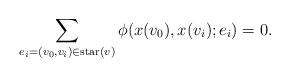
LaTeX: \begin{align*}\sum_{e_i=(v_0,v_i)\in \mathrm{star}(v)} \phi(x(v_0),x(v_i);e_i)=0.\end{align*}